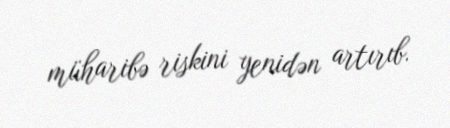
müharibə riskini yenidən artırıb.